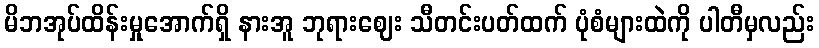
မိဘအုပ်ထိန်းမှုအောက်ရှိ နားအူ ဘုရားဈေး သီတင်းပတ်ထက် ပုံစံများထဲကို ပါတီမှလည်း